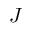
J